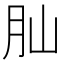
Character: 𦘹